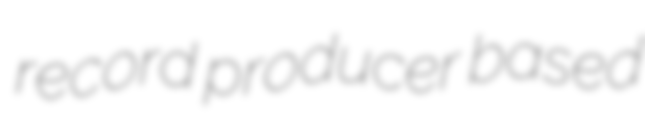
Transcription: record producer based